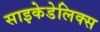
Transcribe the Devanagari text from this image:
साइकेडेलिक्स